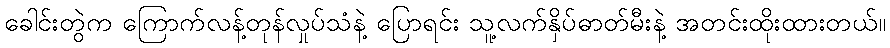
ခေါင်းတွဲက ကြောက်လန့်တုန်လှုပ်သံနဲ့ ပြောရင်း သူ့လက်နှိပ်ဓာတ်မီးနဲ့ အတင်းထိုးထားတယ်။